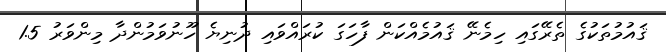
ޤައުމުތަކުގެ ތެރޭގައި ހިމެނޭ ޤައުމެއްކަން ފާހަގަ ކުރައްވައި ދުނިޔެ ހޫނުވަމުންދާ މިންވަރު 1.5